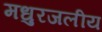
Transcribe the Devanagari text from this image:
मधुरजलीय